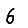
Digit: 6